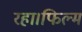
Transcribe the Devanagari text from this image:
रहा।फिल्म